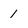
Character: 1